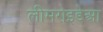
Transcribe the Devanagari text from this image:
लीमरोइडेआ